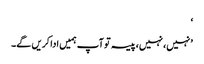
‘
’نہیں، نہیں، پیسہ تو آپ ہمیں ادا کریں گے۔